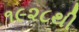
૧૯૨૮થી